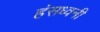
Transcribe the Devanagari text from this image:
हंसध्वनी